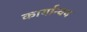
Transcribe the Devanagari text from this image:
कार्यान्वय